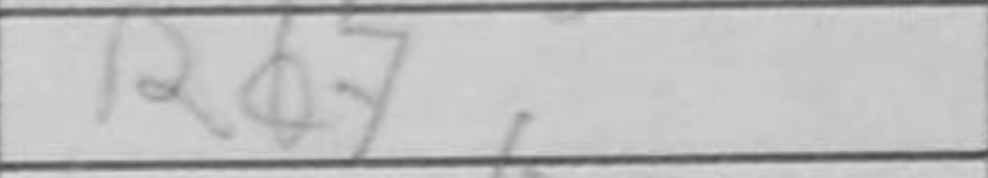
Transcription: Rd7